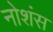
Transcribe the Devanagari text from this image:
नोशंस